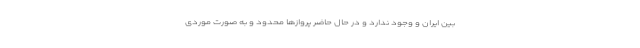
بین ایران و وجود ندارد و در حال حاضر پروازها محدود و به صورت موردی